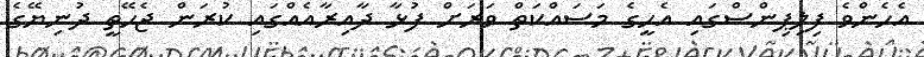
އެހެންވެ ފިލިޕިންސްގައި އެހީގެ މަސައްކަތް ވަރަށް ފުޅާ ދާއިރާއެއްގައި ކުރަން ޖެހޭތީ ދުނިޔޭގެ